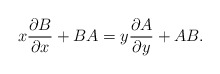
\begin{align*}x \frac{\partial B}{\partial x} + B A = y \frac{\partial A}{\partial y} + A B . \end{align*}